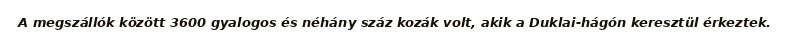
A megszállók között 3600 gyalogos és néhány száz kozák volt, akik a Duklai-hágón keresztül érkeztek.